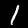
Digit: 1